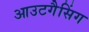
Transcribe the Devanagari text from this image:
आउटगैसिंग